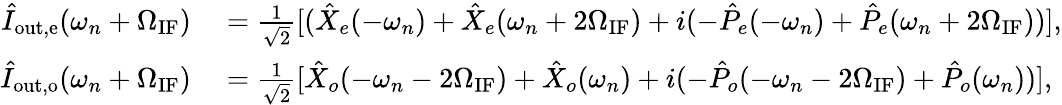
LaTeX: \begin{array}{rl}{\hat{I}_{\mathrm{out,e}}(\omega_{n}+\Omega_{\mathrm{IF}})}&{{}=\frac{1}{\sqrt{2}}[(\hat{X}_{e}(-\omega_{n})+\hat{X}_{e}(\omega_{n}+2\Omega_{\mathrm{IF}})+i(-\hat{P}_{e}(-\omega_{n})+\hat{P}_{e}(\omega_{n}+2\Omega_{\mathrm{IF}}))],}\\ {\hat{I}_{\mathrm{out,o}}(\omega_{n}+\Omega_{\mathrm{IF}})}&{{}=\frac{1}{\sqrt{2}}[\hat{X}_{o}(-\omega_{n}-2\Omega_{\mathrm{IF}})+\hat{X}_{o}(\omega_{n})+i(-\hat{P}_{o}(-\omega_{n}-2\Omega_{\mathrm{IF}})+\hat{P}_{o}(\omega_{n}))],}\end{array}